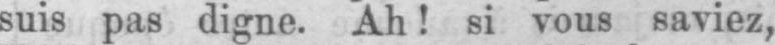
suis pas digne. Ah! si vous saviez,